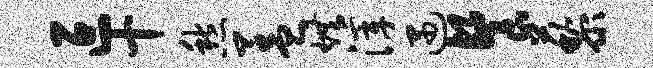
叵十愁盖烘滓遇餐藜